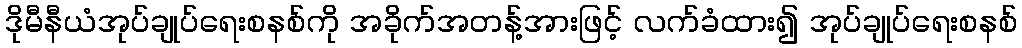
ဒိုမီနီယံအုပ်ချုပ်ရေးစနစ်ကို အခိုက်အတန့်အားဖြင့် လက်ခံထား၍ အုပ်ချုပ်ရေးစနစ်